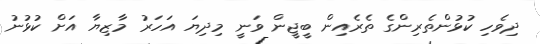
ދިވެހި ކުޅުންތެރިންގެ ތެރެއިން ބީޖީން ވަނީ މިދިޔަ އަހަރު މާޒިޔާ އަށް ކުޅުނު